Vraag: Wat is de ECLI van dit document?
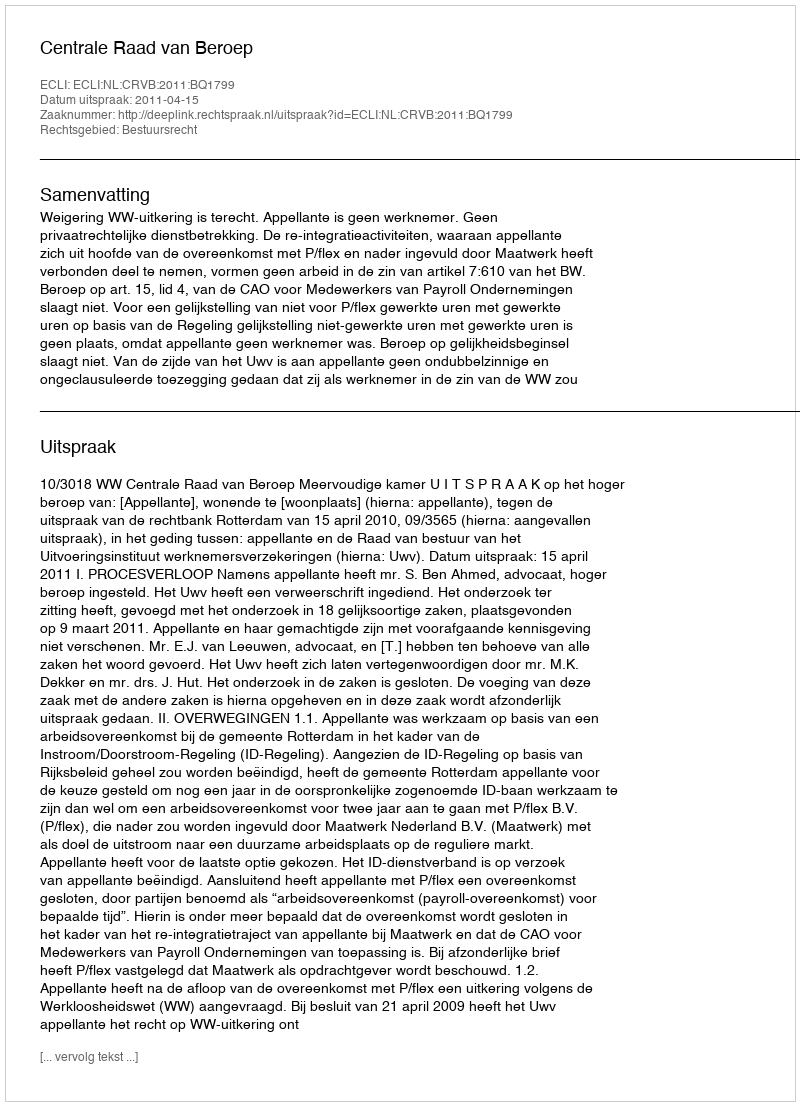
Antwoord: ECLI:NL:CRVB:2011:BQ1799